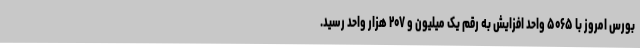
بورس امروز با ۵۰۶۵ واحد افزایش به رقم یک میلیون و ۲۰۷ هزار واحد رسید.